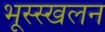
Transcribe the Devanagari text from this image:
भूस्स्खलन